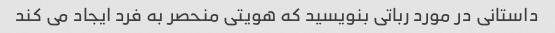
داستانی در مورد رباتی بنویسید که هویتی منحصر به فرد ایجاد می کند